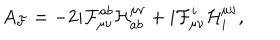
LaTeX: A _ { \cal { F } } = - 2 i { \cal { F } } _ { \mu \nu } ^ { a b } { \cal { H } } _ { a b } ^ { \mu \nu } + i { \cal { F } } _ { \mu \nu } ^ { i } { \cal { H } } _ { i } ^ { \mu \nu } ,